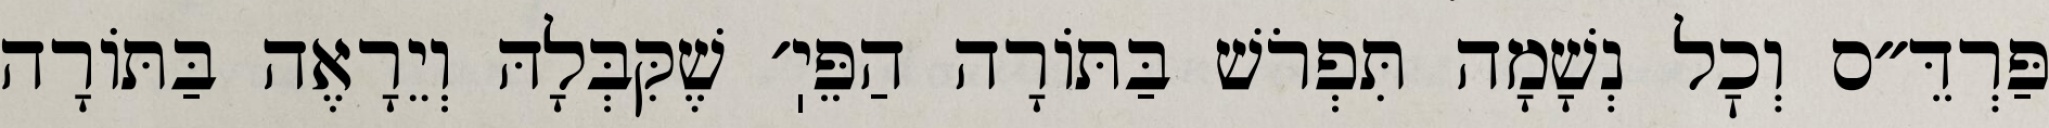
פַּרְדֵּ״ס וְכׇל נְשָׁמָה תִּפְרֹשׁ בַּתּוֹרָה הַפֵּיֽ׳ שֶׁקִּבְּלָהּ וְיֵרָאֶה בַּתּוֹרָה